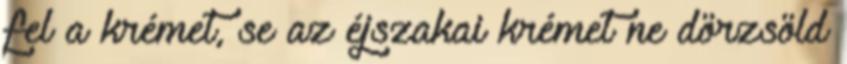
fel a krémet, se az éjszakai krémet ne dörzsöld